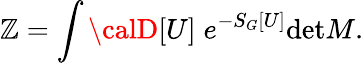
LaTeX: \mathbb{Z}=\int{}{\calD}[U]\; e^{-S_{G}[U]}\mathrm{{det}}M.